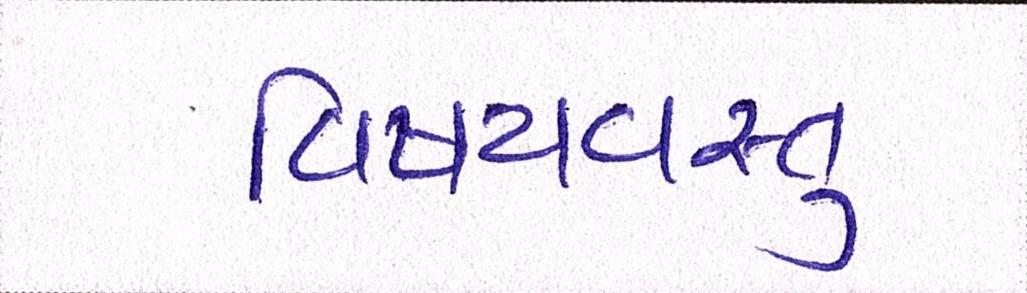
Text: વિષયવસ્તુ